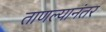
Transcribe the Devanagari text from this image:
ताणल्यानंतर